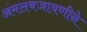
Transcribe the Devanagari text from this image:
अंमलबजावणीने